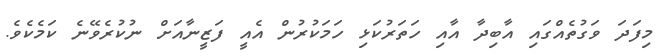
މިފަދަ ވަގުތެއްގައި އާބިދާ އާއި ހަތަރުކަޅި ހަމަކުރުން އެއީ ފަޒީނާއަށް ނުކުރެވޭނެ ކަމެކެވެ.